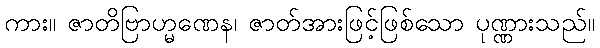
ကား။ ဇာတိဗြာဟ္မဏေန၊ ဇာတ်အားဖြင့်ဖြစ်သော ပုဏ္ဏားသည်။